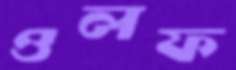
ওলফ